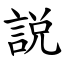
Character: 説